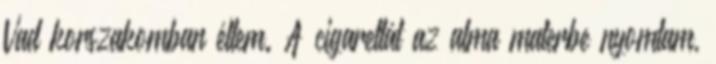
Vad korszakomban éltem. A cigarettát az alma materbe nyomtam,